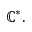
\mathbb { C } ^ { * } .